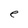
Character: e